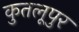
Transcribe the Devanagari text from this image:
कुतलूपुर